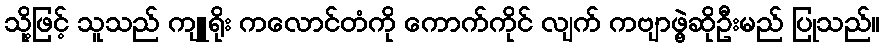
သို့ဖြင့် သူသည် ကျူရိုး ကလောင်တံကို ကောက်ကိုင် လျက် ကဗျာဖွဲ့ဆိုဦးမည် ပြုသည်။